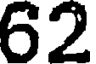
62